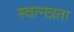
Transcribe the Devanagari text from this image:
स्वत्नत्रता